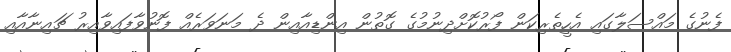
ފެނުގެ މައްސަލާގައި އެހީތެރިކަން ފޯރުކޮށްދިނުމުގެ ގޮތުން އިންޑިއާއިން ދެ މަނަވަރެއް ފޮނުވާފައިވާއިރު ޗައިނާއާއި